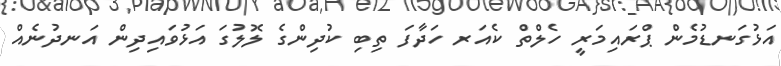
އަޅުގަނޑުމެން ޕްރައިމަރީ ހެލްތް ކެއަރ ހަދާފަ ތިބި ކުދިންގެ ލޮލުގަ އަޅުވައިދިން އަނދުނެއް